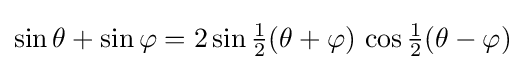
\sin \theta +\sin \varphi =2\sin {\tfrac {1}{2}}(\theta +\varphi )\,\cos {\tfrac {1}{2}}(\theta -\varphi )